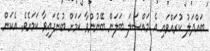
ބައްދަލު ކުރައްވައި އެ މައްސަލަ ބަލަން ބޭނުންވާ ކަމަށް ބުނެފައިވާ ކަމަށެވެ. އެކަން